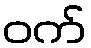
ဝက်